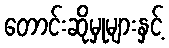
တောင်းဆိုမှုများနှင့်